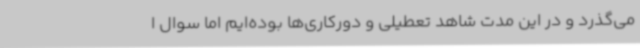
می‌گذرد و در این مدت شاهد تعطیلی و دورکاری‌ها بوده‌ایم اما سوال ا